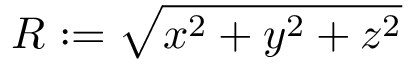
R : = \sqrt { x ^ { 2 } + y ^ { 2 } + z ^ { 2 } }